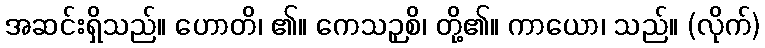
အဆင်းရှိသည်။ ဟောတိ၊ ၏။ ကေသဉှစိ၊ တို့၏။ ကာယော၊ သည်။ (လိုက်)